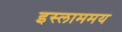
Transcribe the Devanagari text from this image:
इस्लाममय